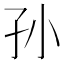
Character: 孙